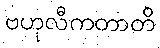
ဗဟုလီကတာတိ